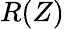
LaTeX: R(Z)